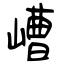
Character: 嶆